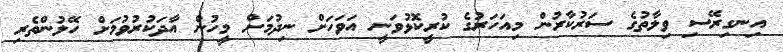
އިނގިރޭސި ވިލާތުގެ ސަރުކާރުން މިއަހަރުގެ ކުރީކޮޅުވަނީ އަވަހަށް ނިދުމަށް މީހުން އާދަކުރުވުމަށް ހޭލުންތެރި